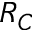
R _ { C }